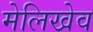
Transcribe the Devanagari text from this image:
मेलिखेव